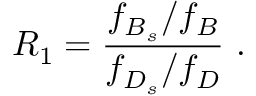
R _ { 1 } = { \frac { f _ { B _ { s } } / f _ { B } } { f _ { D _ { s } } / f _ { D } } } \ .